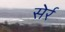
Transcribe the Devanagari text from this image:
सेर्र